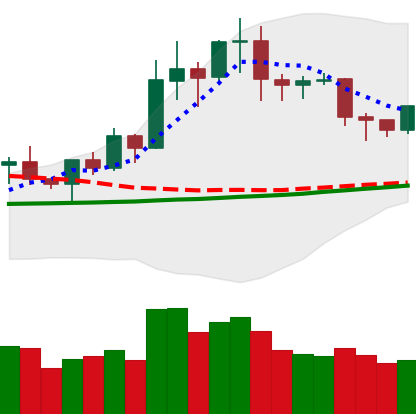
Ticker: NEO-USD
Chart end date: 2020-01-26
Forward return: 6.284%
Label: up_5_7